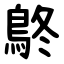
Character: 鴤